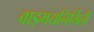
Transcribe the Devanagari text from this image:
वाड्मयनिर्मिती